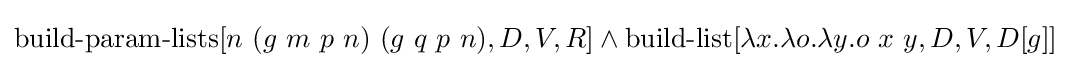
\operatorname {build-param-lists} [n\ (g\ m\ p\ n)\ (g\ q\ p\ n),D,V,R]\land \operatorname {build-list} [\lambda x.\lambda o.\lambda y.o\ x\ y,D,V,D[g]]